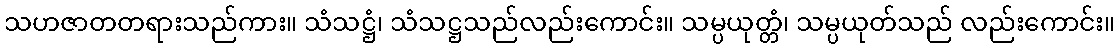
သဟဇာတတရားသည်ကား။ သံသဋ္ဌံ၊ သံသဋ္ဌသည်လည်းကောင်း။ သမ္ပယုတ္တံ၊ သမ္ပယုတ်သည် လည်းကောင်း။